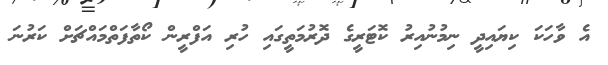
އެ ވާހަކަ ކިޔައިދީ ނިމުނުއިރު ކޮޓަރީގެ ދޮރުމަތީގައި ހުރި އަފްރީން ކޯތާފަތްމައްޗަށް ކަރުނަ